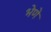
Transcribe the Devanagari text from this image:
भेणे